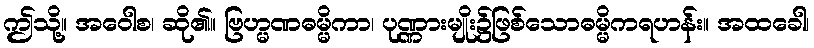
ဤသို့။ အဝေါစ၊ ဆို၏။ ဗြဟ္မဏဓမ္မိကာ၊ ပုဏ္ဏားမျိုး၌ဖြစ်သောဓမ္မိကရဟန်း။ အထခေါ၊